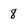
Character: 8